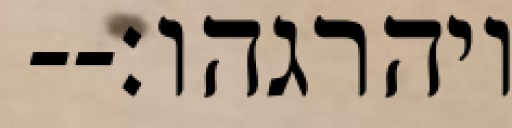
ויהרגהו׃--